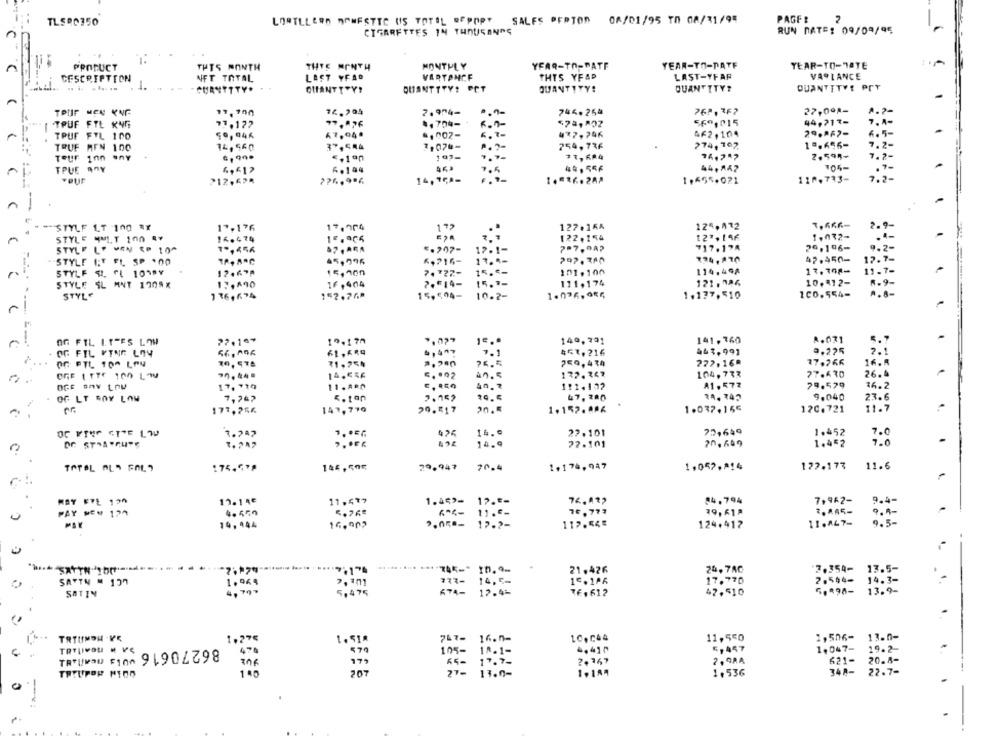
TLSBC350
LORTLLERO MONFSTTC US TOTAL OFPOPY
SALES PERTON 0A/01/95 TO 08/31/94
PAGFE
2
RUN DATE: 09/09/95
CIGARETTES IN THOUSANDS
PRODUCT
THIS MONTH
THIS MONTH
MONTHLY
YEAR-TO-DATE
YEAR-TO-DATE
YEAR-TO-DATE
LAST-YFAR
VARLANCE
DESCRIPTION
NFT TOTAL
LAST YFAD
VARTANCE
THIS YFAP
1.
CHANTTTY.
QUANTTRY!
QUANTITY! PCT
QUANTITY:
QUANTITY?
QUANTITY! PCT
A
TPIIF MEN KNF
74.204
7.904-
746.254
769,3F?
27,0º2-
TRUF FYL KING
77.122
4. 704-
569,015
44,717-
7.4-
59, 946
47.94.
., 002-
437,746
462, 104
29.AF7-
6.5-
TRUF FYL 100
TRUF MEN 100
14, 560
7,070-
254,736
274, 102
19.656-
1.2-
197-
2,598-
ToUF inn ony
€,1ªn
7.2
TPUE AOY
6,617
6.194
7.5
44.556
44,842
7.2
212,624
14,1ÇA-
1.16.288
1,455.021
110.733-
-
STYLF LT -100 RY
13,176
17.904
127.164
124, 432
7,666-
STYLE MIT 100 44
122.154
1.032-
16.474
STYLE LP MEN <P 10^
57 . ARA
€-207-
17.1-
7 7.9A2
717.174
26,196-
9.2 -
6,715-
17.4-
292. 380
₹34,870
42.450-
12.7.
STYLE ET FL SP .00
45,996
STYLF SI FE 101PY
12.67A
7. * 22-
15.6
101.100
114,46A
17.708-
19.7-
16,404
2.514-
15.7-
111.174
121 . 786
10.412-
R . 9.
STYLE SL MNT 1909X
STYLE
152.76ª
15, 594-
10.2-
1.036, 084
1.137, 510
100,554-
A.8-
OG FIL LITES LOW
27.167
19.170
".027
140,791
141,360
A.031
5 . 7
OG FIL FINE LOY
4 , 417
453,216
443,991
9.225
2.1
...
OG PTL 10^ LON
31,754
759,434
272.16ª
77.266
16.A
OGE ITTE 100 LOU
172. 743
104. 733
77.630
26.4
17. 730
11 . ABD
1:1.102
A1, 572
79.579
16.2
OG LT SOY LOW
7,762
R.tan
2.052
10.5
47, 280
9.040
23.6
147, 770
1.152. AP6
1.037.155
120.721
11.7
177,256
29.517
70,649
1.452
7.0
7.242
14.0
22.101
14.9
27.101
20, 649
1.452
7.0
TOTAL AL FAL7
144,60℃
29.947
70.4
1,174.947
1.052.814
122.173
11.6
12.14€
1.453- 12.5=
84.794
7,962-
9.4-
PAY NEW 194
4.459
76.777
39,61A
2.885-
9.4-
11.€-
14, 444
16,902
2.050- 17-2-
119.548
124.417
11.447-
9.5-
21,426
24,7AC
2,354- 13.5-
2.544- 14.3-
SATTE # 157
1.964
773- 14,5-
277-
15.106
17.770
SATIN
4, 797
674-
17.4-
TE.612
42.510
5,594- 13.9-
TRTUMDH .VE
1.27€
747-
16.1-
10, 044
11,550
1,506-
13.0-
1.53#
TRTLIVOU M VS
86270616 v13 neanANI
474
105-
4.410
5, 457
1.047-
19.2-
306
10.1-
2. 367
2, 9RA
621-
20.4-
TRTUPOR MIOD
140
27-
11.0-
1.184
1.536
348-
22.7-
-.. .